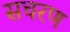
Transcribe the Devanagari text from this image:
सचरण